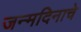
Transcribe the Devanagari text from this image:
जन्मदिनाचे